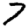
Digit: 7